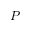
P